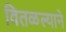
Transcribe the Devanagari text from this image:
वितळल्याने